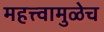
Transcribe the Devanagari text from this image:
महत्त्वामुळेच